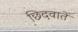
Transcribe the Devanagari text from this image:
छिदवाते